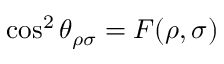
\cos ^ { 2 } \theta _ { \rho \sigma } = F ( \rho , \sigma )